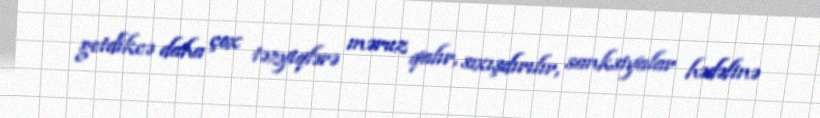
getdikcə daha çox təzyiqlərə məruz qalır, sıxışdırılır, sanksiyalar hədəfinə